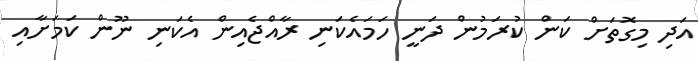
އަދި މިގޮތަށް ކަން ކުރަމުން ދަނީ ހަމައެކަނި ރާއްޖެއިން އެކަނި ނޫން ކަމަށާއި